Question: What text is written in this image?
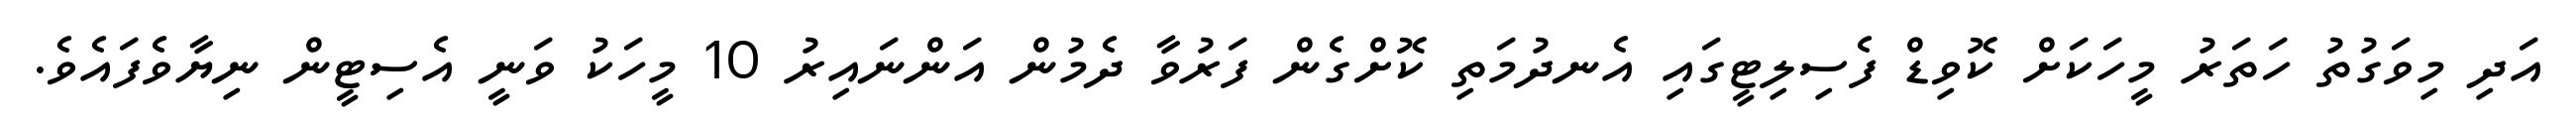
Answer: އަދި މިވަގުތު ހަތަރު މީހަކަށް ކޮވިޑް ފެސިލިޓީގައި އެނދުމަތި ކޮށްގެން ފަރުވާ ދެމުން އަންނައިރު 10 މީހަކު ވަނީ އެސިޓީން ނިޔާވެފައެވެ.